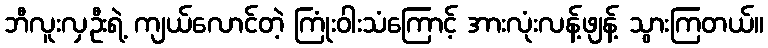
ဘီလူးလှဦးရဲ့ ကျယ်လောင်တဲ့ ကြုံးဝါးသံကြောင့် အားလုံးလန့်ဖျန့် သွားကြတယ်။